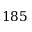
1 8 5